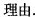
理由.